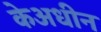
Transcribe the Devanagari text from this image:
केअधीन